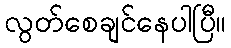
လွတ်စေချင်နေပါပြီ။